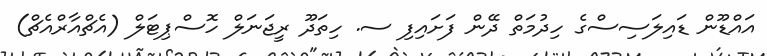
އައްޑޫން ޑައިލަސިސްގެ ހިދުމަތް ދޭން ފަށައިފި ސ. ހިތަދޫ ރީޖަނަލް ހޮސްޕިޓަލް (އެޗްއާރްއެޗް)